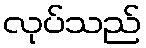
လုပ်သည်